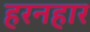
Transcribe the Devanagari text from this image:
हरनहार